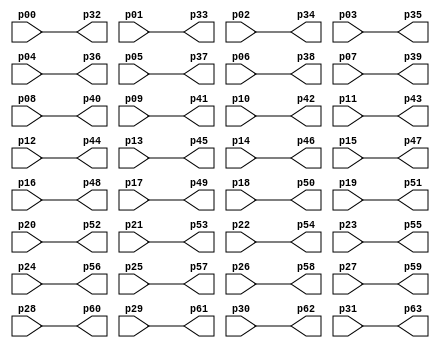
module conticonti(p00,p01,p02,p03,p04,p05,p06,p07,p08,p09,p10,p11,p12,p13,p14,p15,p16,p17,p18,p19,p20,p21,p22,p23,p24,p25,p26,p27,p28,p29,p30,p31,p32,p33,p34,p35,p36,p37,p38,p39,p40,p41,p42,p43,p44,p45,p46,p47,p48,p49,p50,p51,p52,p53,p54,p55,p56,p57,p58,p59,p60,p61,p62,p63);

input p00;
input p01;
input p02;
input p03;
input p04;
input p05;
input p06;
input p07;
input p08;
input p09;
input p10;
input p11;
input p12;
input p13;
input p14;
input p15;
input p16;
input p17;
input p18;
input p19;
input p20;
input p21;
input p22;
input p23;
input p24;
input p25;
input p26;
input p27;
input p28;
input p29;
input p30;
input p31;
output p32;
output p33;
output p34;
output p35;
output p36;
output p37;
output p38;
output p39;
output p40;
output p41;
output p42;
output p43;
output p44;
output p45;
output p46;
output p47;
output p48;
output p49;
output p50;
output p51;
output p52;
output p53;
output p54;
output p55;
output p56;
output p57;
output p58;
output p59;
output p60;
output p61;
output p62;
output p63;

wire  w0;
wire  w1;
wire  w2;
wire  w3;
wire  w4;
wire  w5;
wire  w6;
wire  w7;
wire  w8;
wire  w9;
wire  w10;
wire  w11;
wire  w12;
wire  w13;
wire  w14;
wire  w15;
wire  w16;
wire  w17;
wire  w18;
wire  w19;
wire  w20;
wire  w21;
wire  w22;
wire  w23;
wire  w24;
wire  w25;
wire  w26;
wire  w27;
wire  w28;
wire  w29;
wire  w30;
wire  w31;

assign w0 = p00;
assign w1 = p01;
assign w2 = p02;
assign w3 = p03;
assign w4 = p04;
assign w5 = p05;
assign w6 = p06;
assign w7 = p07;
assign w8 = p08;
assign w9 = p09;
assign w10 = p10;
assign w11 = p11;
assign w12 = p12;
assign w13 = p13;
assign w14 = p14;
assign w15 = p15;
assign w16 = p16;
assign w17 = p17;
assign w18 = p18;
assign w19 = p19;
assign w20 = p20;
assign w21 = p21;
assign w22 = p22;
assign w23 = p23;
assign w24 = p24;
assign w25 = p25;
assign w26 = p26;
assign w27 = p27;
assign w28 = p28;
assign w29 = p29;
assign w30 = p30;
assign w31 = p31;
assign p32 = w0;
assign p33 = w1;
assign p34 = w2;
assign p35 = w3;
assign p36 = w4;
assign p37 = w5;
assign p38 = w6;
assign p39 = w7;
assign p40 = w8;
assign p41 = w9;
assign p42 = w10;
assign p43 = w11;
assign p44 = w12;
assign p45 = w13;
assign p46 = w14;
assign p47 = w15;
assign p48 = w16;
assign p49 = w17;
assign p50 = w18;
assign p51 = w19;
assign p52 = w20;
assign p53 = w21;
assign p54 = w22;
assign p55 = w23;
assign p56 = w24;
assign p57 = w25;
assign p58 = w26;
assign p59 = w27;
assign p60 = w28;
assign p61 = w29;
assign p62 = w30;
assign p63 = w31;

endmodule